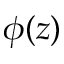
\phi ( z )